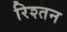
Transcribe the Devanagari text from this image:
रिश्तन